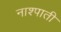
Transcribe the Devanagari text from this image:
नाश्पाती